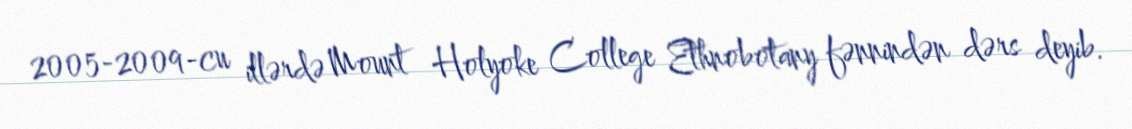
2005-2009-cu illərdə Mount Holyoke College Ethnobotany fənnindən dərs deyib.